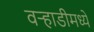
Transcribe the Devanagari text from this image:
वर्‍हाडीमध्ये